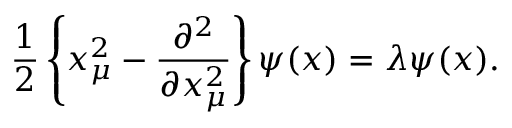
{ \frac { 1 } { 2 } } \left\{ x _ { \mu } ^ { 2 } - { \frac { \partial ^ { 2 } } { \partial x _ { \mu } ^ { 2 } } } \right\} \psi ( x ) = \lambda \psi ( x ) .